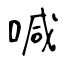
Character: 喊